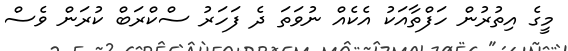
މީގެ އިތުރުން ހަފްތާއަކު އެކެއް ނުވަތަ ދެ ފަހަރު ސްކްރަބް ކުރަން ވެސް